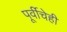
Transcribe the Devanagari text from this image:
पूर्वीचेही